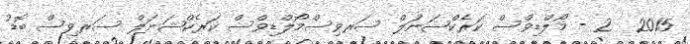
2015  2 - މޯލްޑިވްސް ކަރެކްޝަނަލް ސަރވިސްމޯލްޑިވްސް ކަރެކްޝަނަލް ސަރވިސް ބޮޑު